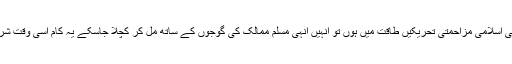
اسی لئے پہلے دہشت گردی کے خلاف جنگ کا ایک دور چلایا گیا ہے تاکہ جہاں کہیں بھی اسلامی مزاحمتی تحریکیں طاقت میں ہوں تو انہیں انہی مسلم ممالک کی گوجوں کے ساتھ مل کر کچلا جاسکے یہ کام اسی وقت شروع ہوگیا تھا جس وقت سودیت یونین کو افغانستان میں شکست کے بعد تحلیل ہونا پڑا تھا ۔